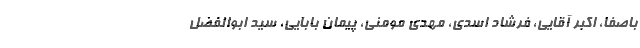
باصفا، اکبر آقایی، فرشاد اسدی، مهدی مومنی، پیمان بابایی، سید ابوالفضل